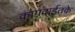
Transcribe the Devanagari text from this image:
कागदाईतके